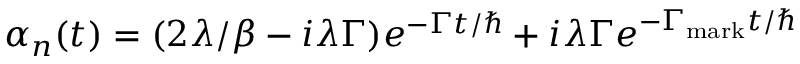
\alpha _ { n } ( t ) = ( 2 \lambda / \beta - i \lambda \Gamma ) e ^ { - \Gamma t / \hbar } + i \lambda \Gamma e ^ { - \Gamma _ { \mathrm { m a r k } } t / \hbar }